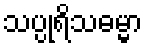
သပ္ပုရိသဓမ္မာ